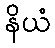
နိယံ